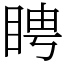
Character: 䀻